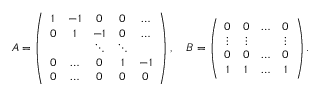
A = \left( { \begin{array} { c c c c c } { 1 } & { - 1 } & { 0 } & { 0 } & { \dots } \\ { 0 } & { 1 } & { - 1 } & { 0 } & { \dots } \\ & & { \ddots } & { \ddots } & \\ { 0 } & { \dots } & { 0 } & { 1 } & { - 1 } \\ { 0 } & { \dots } & { 0 } & { 0 } & { 0 } \end{array} } \right) , \quad B = \left( { \begin{array} { c c c c } { 0 } & { 0 } & { \dots } & { 0 } \\ { \vdots } & { \vdots } & & { \vdots } \\ { 0 } & { 0 } & { \dots } & { 0 } \\ { 1 } & { 1 } & { \dots } & { 1 } \end{array} } \right) .